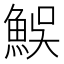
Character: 𩶭